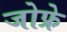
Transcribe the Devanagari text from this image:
जोफ्रे